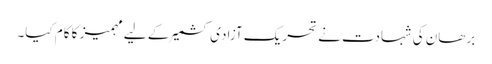
برھان کی شہادت نے تحریک آزادی کشمیر کے لیے مہمیز کا کام کیا۔